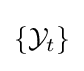
{\begin{aligned}\{{\mathcal {Y}}_{t}\}\end{aligned}}